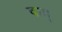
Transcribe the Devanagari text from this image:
दाहू